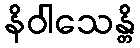
နိဝါသေန္တိ